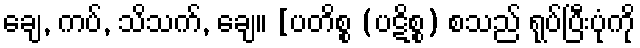
ချေ, ကပ်, သိသက်, ချေ။ [ပတိစ္စ (ပဋိစ္စ) စသည် ရုပ်ပြီးပုံကို